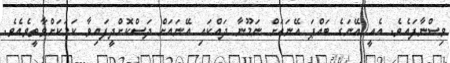
ވިސްނާފައެވެ. އެއީ އޭނަގެ ބައްޕަ އޭނައަށް ނަމޫނާ ދައްކައި އޭނައަށް ދަސްކޮށްދީފައިވާ ކަމަކަށްވާތީވެއެވެ.